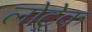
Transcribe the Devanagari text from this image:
लोट्रेक